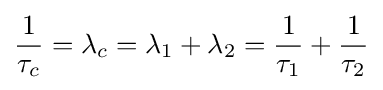
{\frac {1}{\tau _{c}}}=\lambda _{c}=\lambda _{1}+\lambda _{2}={\frac {1}{\tau _{1}}}+{\frac {1}{\tau _{2}}}